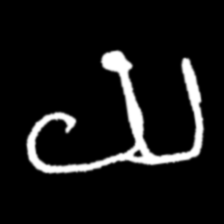
Pyu character \u2014 Myanmar letter: ယ (romanized: ya)